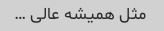
مثل همیشه عالی …